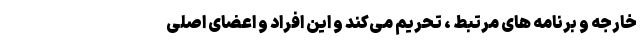
خارجه و برنامه های مرتبط ، تحریم می‌کند و این افراد و اعضای اصلی